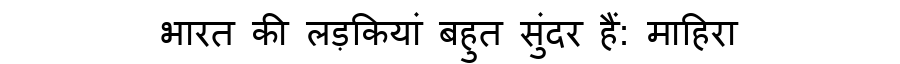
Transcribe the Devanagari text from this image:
भारत की लड़कियां बहुत सुंदर हैं: माहिरा